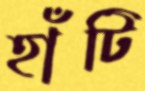
হাঁটি